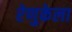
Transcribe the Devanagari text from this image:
रेणुकेला